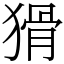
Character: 猾